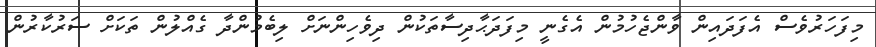
މިފަހަރުވެސް އެފަދައިން ވާންޖެހުމުން އެގެނީ މިފަދަޙާދިސާތަކުން ދިވެހިންނަށް ލިބެމުންދާ ގެއްލުން ތަކަށް ސަރުކާރުން